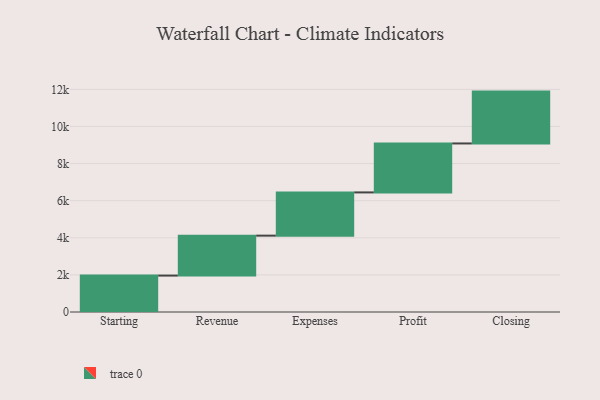
{"axis": {"x": "Step", "y": "Value"}, "legend": [""], "data": [{"x": "Starting", "y": 1963.0, "type": ""}, {"x": "Revenue", "y": 2153.0, "type": ""}, {"x": "Expenses", "y": 2330.0, "type": ""}, {"x": "Profit", "y": 2639.0, "type": ""}, {"x": "Closing", "y": 2795.0, "type": ""}]}